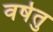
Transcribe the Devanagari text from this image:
वर्षतु